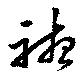
聴